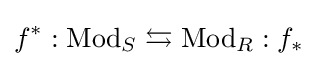
f^{*}:{\text{Mod}}_{S}\leftrightarrows {\text{Mod}}_{R}:f_{*}